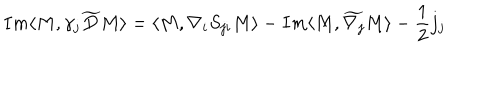
I m \langle M , \gamma _ { j } \widetilde { D } M \rangle = \langle M , \nabla _ { i } S _ { j i } M \rangle - I m \langle M , \widetilde { \nabla _ { j } } M \rangle - \frac { 1 } { 2 } j _ { j }